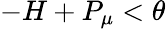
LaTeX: -H+P_{\mu}<\theta